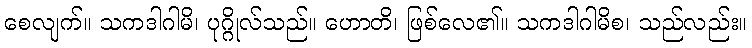
စေလျက်။ သကဒါဂါမိ၊ ပုဂ္ဂိုလ်သည်။ ဟောတိ၊ ဖြစ်လေ၏။ သကဒါဂါမိစ၊ သည်လည်း။